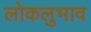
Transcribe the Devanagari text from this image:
लोकलुभाव